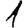
Digit: 1